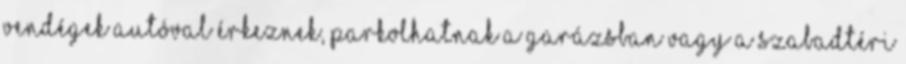
vendégek autóval érkeznek, parkolhatnak a garázsban vagy a szabadtéri